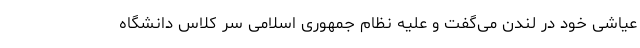
عیاشی خود در لندن می‌گفت و علیه نظام جمهوری اسلامی سر کلاس دانشگاه